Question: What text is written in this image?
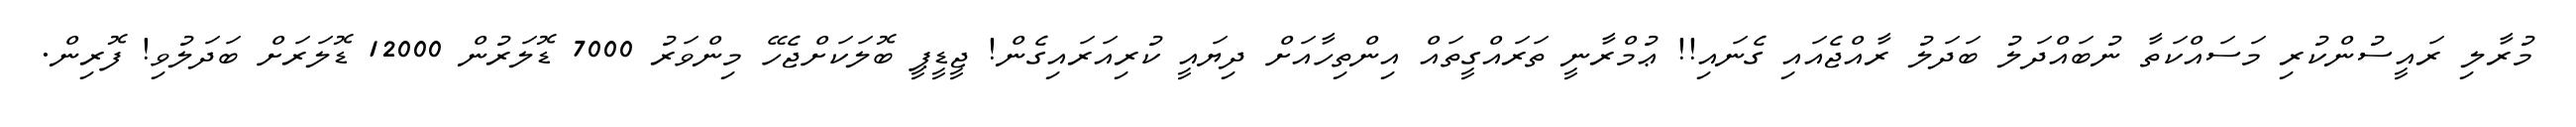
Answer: މުރާލި ރައީސުންކުރި މަސައްކަތާ ނުބައްދަލު ބަދަލު ރާއްޖެއައި ގެނައި!! ޢުމްރާނީ ތަރައްގީތައް އިންތިހާއަށް ދިޔައީ ކުރިއަރައިގެން! ޖީޑީޕީ ބޮލަކަށްޖެހޭ މިންވަރު 7000 ޑޮލަރުން 12000 ޑޮލަރަށް ބަދަލުވި! ފޮރިން.